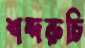
শব্দরুচি